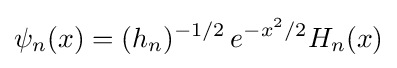
\psi _{n}(x)=(h_{n})^{-1/2}\,e^{-x^{2}/2}H_{n}(x)